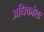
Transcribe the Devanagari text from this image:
अधिकांशः